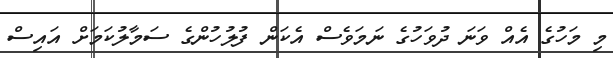
މި މަހުގެ އެއް ވަނަ ދުވަހުގެ ނަމަވެސް އެކަން ފުލުހުންގެ ސަމާލުކަމަށް އައިސް